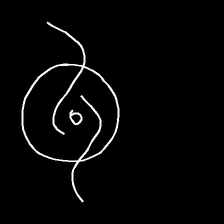
Glyph: repetition